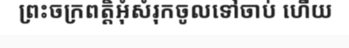
ព្រះចក្រពត្តិអុំសំរុកចូលទៅចាប់ ហើយ